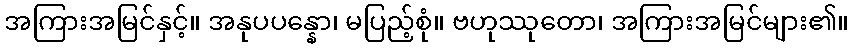
အကြားအမြင်နှင့်။ အနုပပန္နော၊ မပြည့်စုံ။ ဗဟုဿုတော၊ အကြားအမြင်များ၏။